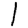
Digit: 1